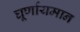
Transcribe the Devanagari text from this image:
घूर्णायमान